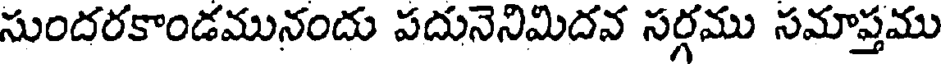
సుందరకాండమునందు పదునెనిమిదన సర్గము సమాప్తము